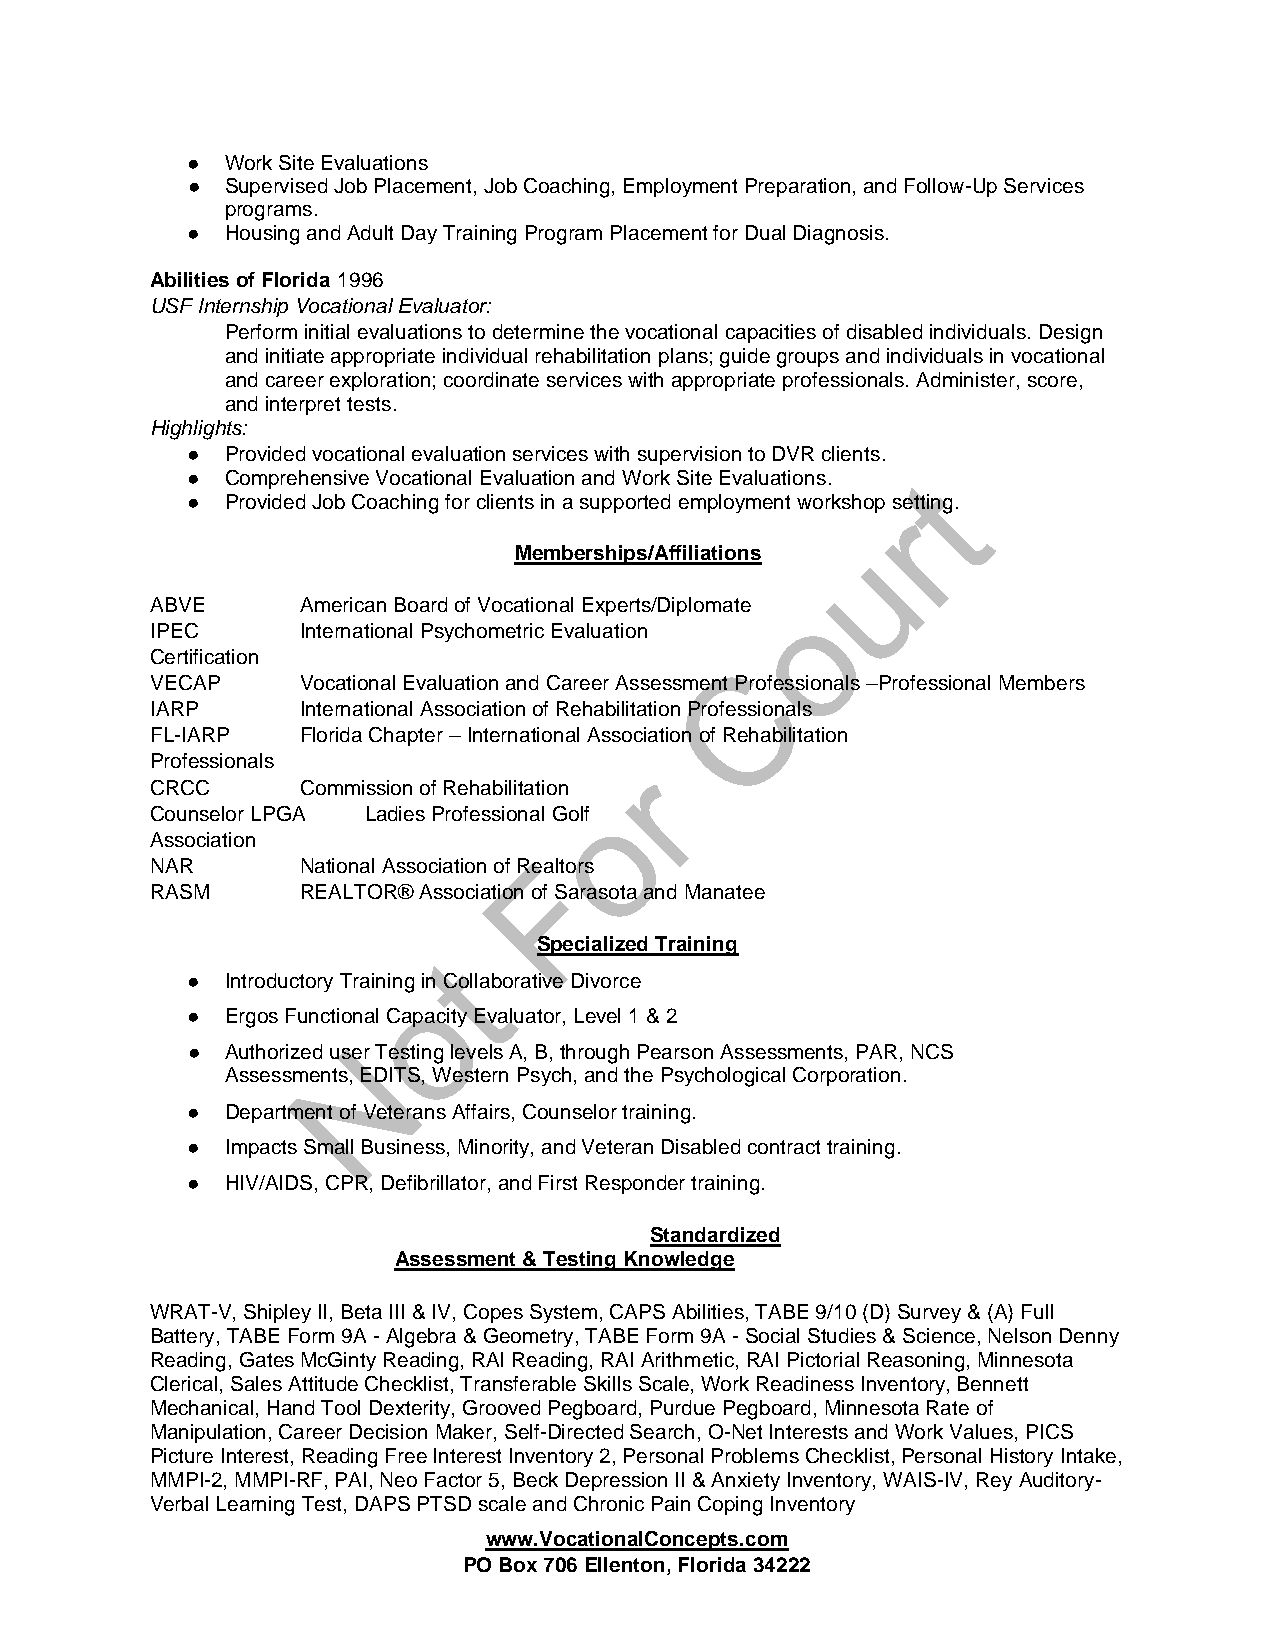
●  Work Site Evaluations
 ●  Supervised Job Placement, Job Coaching, Employment Preparation, and Follow-Up Services
 programs.
 ●  Housing and Adult Day Training Program Placement for Dual Diagnosis.
 Abilities of Florida 1996
 USF Internship Vocational Evaluator:
 Perform initial evaluations to determine the vocational capacities of disabled individuals. Design
 and initiate appropriate individual rehabilitation plans; guide groups and individuals in vocational
 and career exploration; coordinate services with appropriate professionals. Administer, score,
 and interpret tests.
 Highlights:
 ●  Provided vocational evaluation services with supervision to DVR clients.
 ●  Comprehensive Vocational Evaluation and Work Site Evaluations.
 ●  Provided Job Coaching for clients in a supported employment workshop setting.
 Memberships/Affiliations
 ABVE      American Board of Vocational Experts/Diplomate
 IPEC      International Psychometric Evaluation
 Certification
 VECAP     Vocational Evaluation and Career Assessment Professionals –Professional Members
 IARP      International Association of Rehabilitation Professionals
 FL-IARP   Florida Chapter – International Association of Rehabilitation
 Professionals
 CRCC      Commission of Rehabilitation
 Counselor LPGA Ladies Professional Golf
 Association
 NAR       National Association of Realtors
 RASM      REALTOR® Association of Sarasota and Manatee
 Specialized Training
 ●  Introductory Training in Collaborative Divorce
 ●  Ergos Functional Capacity Evaluator, Level 1 & 2
 ●  Authorized user Testing levels A, B, through Pearson Assessments, PAR, NCS
 Assessments, EDITS, Western Psych, and the Psychological Corporation.
 ●  Department of Veterans Affairs, Counselor training.
 ●  Impacts Small Business, Minority, and Veteran Disabled contract training.
 ●  HIV/AIDS, CPR, Defibrillator, and First Responder training.
 Standardized
 Assessment & Testing Knowledge
 WRAT-V, Shipley II, Beta III & IV, Copes System, CAPS Abilities, TABE 9/10 (D) Survey & (A) Full
 Battery, TABE Form 9A - Algebra & Geometry, TABE Form 9A - Social Studies & Science, Nelson Denny
 Reading, Gates McGinty Reading, RAI Reading, RAI Arithmetic, RAI Pictorial Reasoning, Minnesota
 Clerical, Sales Attitude Checklist, Transferable Skills Scale, Work Readiness Inventory, Bennett
 Mechanical, Hand Tool Dexterity, Grooved Pegboard, Purdue Pegboard, Minnesota Rate of
 Manipulation, Career Decision Maker, Self-Directed Search, O-Net Interests and Work Values, PICS
 Picture Interest, Reading Free Interest Inventory 2, Personal Problems Checklist, Personal History Intake,
 MMPI-2, MMPI-RF, PAI, Neo Factor 5, Beck Depression II & Anxiety Inventory, WAIS-IV, Rey Auditory-
 Verbal Learning Test, DAPS PTSD scale and Chronic Pain Coping Inventory
 www.VocationalConcepts.com
 PO Box 706 Ellenton, Florida 34222